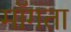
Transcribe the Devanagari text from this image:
माॅगता